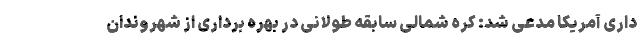
داری آمریکا مدعی شد: کره شمالی سابقه طولانی در بهره برداری از شهروندان